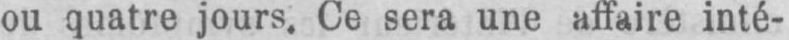
ou quatre jours. Ce sera une affaire inté-